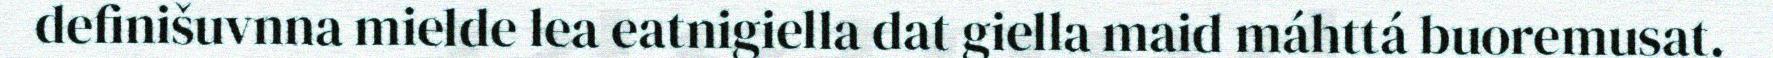
definišuvnna mielde lea eatnigiella dat giella maid máhttá buoremusat.